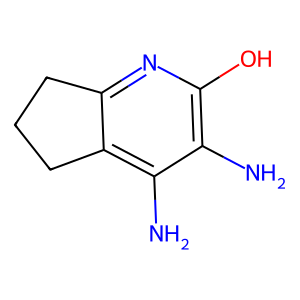
SMILES: Nc1c(O)nc2c(c1N)CCC2
Inhibits HIV replication: No